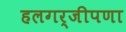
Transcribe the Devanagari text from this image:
हलगर्जीपणा